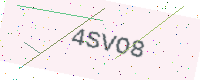
Text: 4SVO8